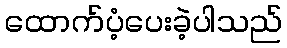
ထောက်ပံ့ပေးခဲ့ပါသည်